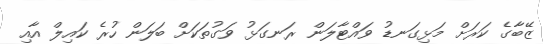
ޒޭބާގެ ކަރަށް މަޅިގަނޑު ވައްޓާލަން ރަނގަޅު ވަގުތަކަށް ބަލަން ހުރެ ކައިލް އާއި